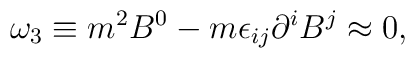
\omega_3 \equiv m^2 B^0 - m \epsilon_{ij} \partial^i B^j \approx 0,